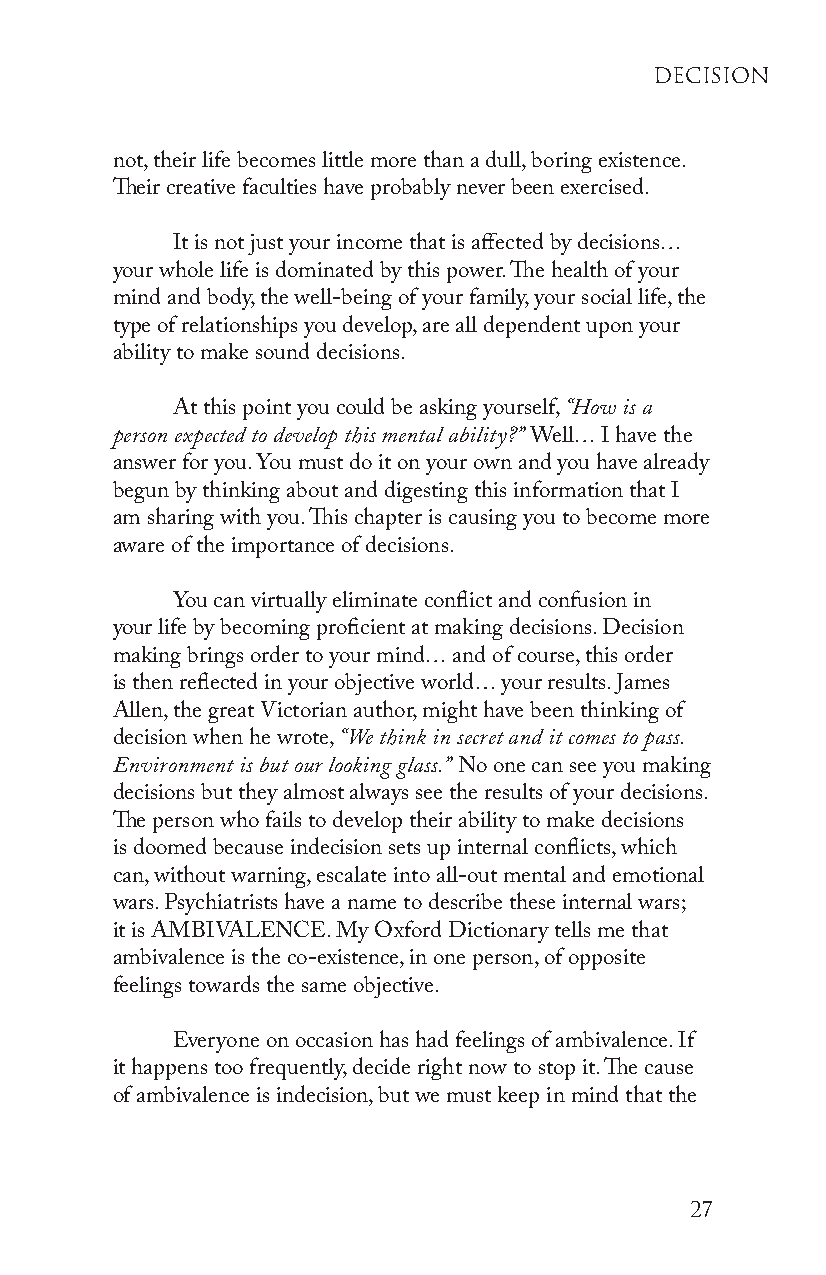
deCision
 not, their life becomes little more than a dull, boring existence.
 Their creative faculties have probably never been exercised.
 It is not just your income that is affected by decisions…
 your whole life is dominated by this power. The health of your
 mind and body, the well-being of your family, your social life, the
 type of relationships you develop, are all dependent upon your
 ability to make sound decisions.
 At this point you could be asking yourself, “How is a
 person expected to develop this mental ability?” Well… I have the
 answer for you. You must do it on your own and you have already
 begun by thinking about and digesting this information that I
 am sharing with you. This chapter is causing you to become more
 aware of the importance of decisions.
 You can virtually eliminate conflict and confusion in
 your life by becoming proficient at making decisions. Decision
 making brings order to your mind… and of course, this order
 is then reflected in your objective world… your results. James
 Allen, the great Victorian author, might have been thinking of
 decision when he wrote, “We think in secret and it comes to pass.
 Environment is but our looking glass.” No one can see you making
 decisions but they almost always see the results of your decisions.
 The person who fails to develop their ability to make decisions
 is doomed because indecision sets up internal conflicts, which
 can, without warning, escalate into all-out mental and emotional
 wars. Psychiatrists have a name to describe these internal wars;
 it is AMBIVALENCE. My Oxford Dictionary tells me that
 ambivalence is the co-existence, in one person, of opposite
 feelings towards the same objective.
 Everyone on occasion has had feelings of ambivalence. If
 it happens too frequently, decide right now to stop it. The cause
 of ambivalence is indecision, but we must keep in mind that the
 27